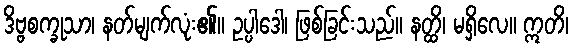
ဒိဗ္ဗစက္ခုသာ၊ နတ်မျက်လုံး၏။ ဥပ္ပါဒေါ၊ ဖြစ်ခြင်းသည်။ နတ္ထိ၊ မရှိလေ။ ဣတိ၊